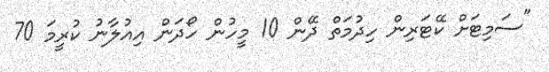
"ސަމިޓަށް ކޭޓަރިން ހިދުމަތް ދޭން 10 މީހުން ހޯދަން އިއުލާނު ކުރީމަ 70